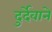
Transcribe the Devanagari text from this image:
दुर्देवाने